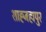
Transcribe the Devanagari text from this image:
शाह्जहापुर